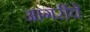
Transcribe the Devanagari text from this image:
आगरींचे